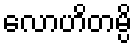
လောဟိတမ္ပိ